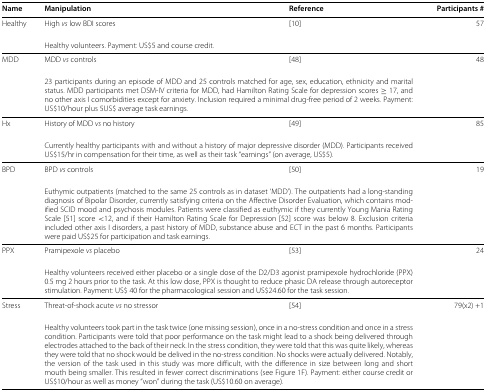
<table><thead><tr><td><b>Name</b></td><td><b>Manipulation</b></td><td><b>Reference</b></td><td><b>Participants #</b></td></tr></thead><tbody><tr><td>Healthy</td><td>High <i>vs</i> low BDI scores</td><td>[10]</td><td>57</td></tr><tr><td> </td><td colspan="2">Healthy volunteers. Payment: US$5 and course credit.</td><td> </td></tr><tr><td>MDD</td><td>MDD <i>vs</i> controls</td><td>[48]</td><td>48</td></tr><tr><td> </td><td colspan="2">23 participants during an episode of MDD and 25 controls matched for age, sex, education, ethnicity and marital status. MDD participants met DSM-IV criteria for MDD, had Hamilton Rating Scale for depression scores ≥ 17, and no other axis I comorbidities except for anxiety. Inclusion required a minimal drug-free period of 2 weeks. Payment: US$10/hour plus 5US$ average task earnings.</td><td> </td></tr><tr><td>Hx</td><td>History of MDD <i>vs</i> no history</td><td>[49]</td><td>85</td></tr><tr><td> </td><td colspan="2">Currently healthy participants with and without a history of major depressive disorder (MDD). Participants received US$15/hr in compensation for their time, as well as their task “earnings” (on average, US$5).</td><td> </td></tr><tr><td>BPD</td><td>BPD <i>vs</i> controls</td><td>[50]</td><td>19</td></tr><tr><td> </td><td colspan="2">Euthymic outpatients (matched to the same 25 controls as in dataset ‘MDD’). The outpatients had a long-standing diagnosis of Bipolar Disorder, currently satisfying criteria on the Affective Disorder Evaluation, which contains modified SCID mood and psychosis modules. Patients were classified as euthymic if they currently Young Mania Rating Scale [51] score &lt;12, and if their Hamilton Rating Scale for Depression [52] score was below 8. Exclusion criteria included other axis I disorders, a past history of MDD, substance abuse and ECT in the past 6 months. Participants were paid US$25 for participation and task earnings.</td><td> </td></tr><tr><td>PPX</td><td>Pramipexole <i>vs</i> placebo</td><td>[53]</td><td>24</td></tr><tr><td> </td><td colspan="2">Healthy volunteers received either placebo or a single dose of the D2/D3 agonist pramipexole hydrochloride (PPX) 0.5 mg 2 hours prior to the task. At this low dose, PPX is thought to reduce phasic DA release through autoreceptor stimulation. Payment: US$ 40 for the pharmacological session and US$24.60 for the task session.</td><td> </td></tr><tr><td>Stress</td><td>Threat-of-shock acute <i>vs</i> no stressor</td><td>[54]</td><td>79(x2) +1</td></tr><tr><td> </td><td colspan="2">Healthy volunteers took part in the task twice (one missing session), once in a no-stress condition and once in a stress condition. Participants were told that poor performance on the task might lead to a shock being delivered through electrodes attached to the back of their neck. In the stress condition, they were told that this was quite likely, whereas they were told that no shock would be delived in the no-stress condition. No shocks were actually delivered. Notably, the version of the task used in this study was more difficult, with the difference in size between long and short mouth being smaller. This resulted in fewer correct discriminations (see Figure 1F). Payment: either course credit or US$10/hour as well as money “won” during the task (US$10.60 on average).</td><td> </td></tr></tbody></table>